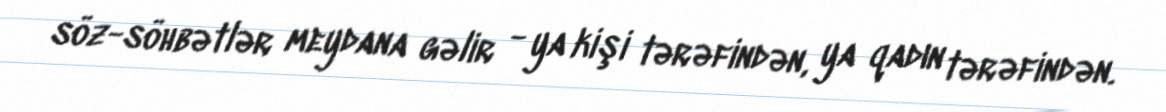
söz-söhbətlər meydana gəlir - ya kişi tərəfindən, ya qadın tərəfindən.